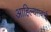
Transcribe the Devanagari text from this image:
आहिल्यााबाई